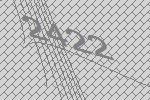
2422